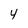
Character: 4